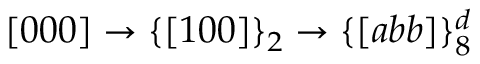
[ 0 0 0 ] \rightarrow \{ [ 1 0 0 ] \} _ { 2 } \rightarrow \{ [ a b b ] \} _ { 8 } ^ { d }